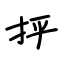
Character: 抨